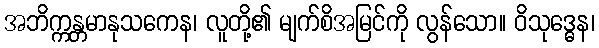
အဘိက္ကန္တမာနုသကေန၊ လူတို့၏ မျက်စိအမြင်ကို လွန်သော။ ဝိသုဒ္ဓေန၊